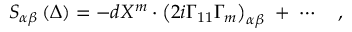
S _ { \alpha \beta } \left( \Delta \right) = - d X ^ { m } \cdot \left( 2 i \Gamma _ { 1 1 } \Gamma _ { m } \right) _ { \alpha \beta } \; + \; \cdots \quad ,